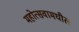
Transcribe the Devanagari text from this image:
महोत्सवामधील